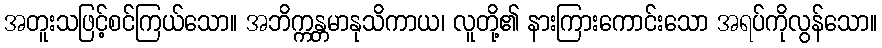
အတူးသဖြင့်စင်ကြယ်သော။ အဘိက္ကန္တမာနုသိကာယ၊ လူတို့၏ နားကြားကောင်းသော အရပ်ကိုလွန်သော။